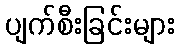
ပျက်စီးခြင်းများ